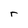
Character: r